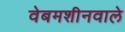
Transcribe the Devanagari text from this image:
वेबमशीनवाले